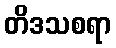
တိဒသစရာ